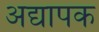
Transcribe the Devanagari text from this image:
अद्यापक